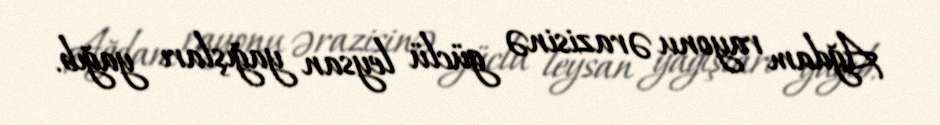
Ağdam rayonu ərazisinə güclü leysan yağışları yağıb.